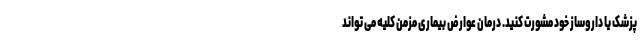
پزشک یا داروساز خود مشورت کنید. درمان عوارض بیماری مزمن کلیه می تواند